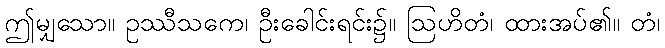
ဤမျှသော။ ဥဿီသကေ၊ ဦးခေါင်းရင်း၌။ ဩဟိတံ၊ ထားအပ်၏။ တံ၊